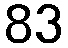
83